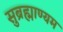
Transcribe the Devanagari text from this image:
सुब्रह्माण्यम